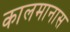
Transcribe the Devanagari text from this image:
कालमानास